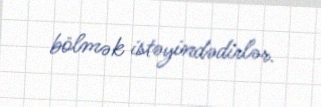
bölmək istəyindədirlər.